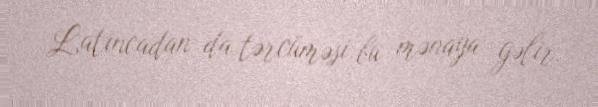
Latıncadan da tərcüməsi bu mənaya gəlir.